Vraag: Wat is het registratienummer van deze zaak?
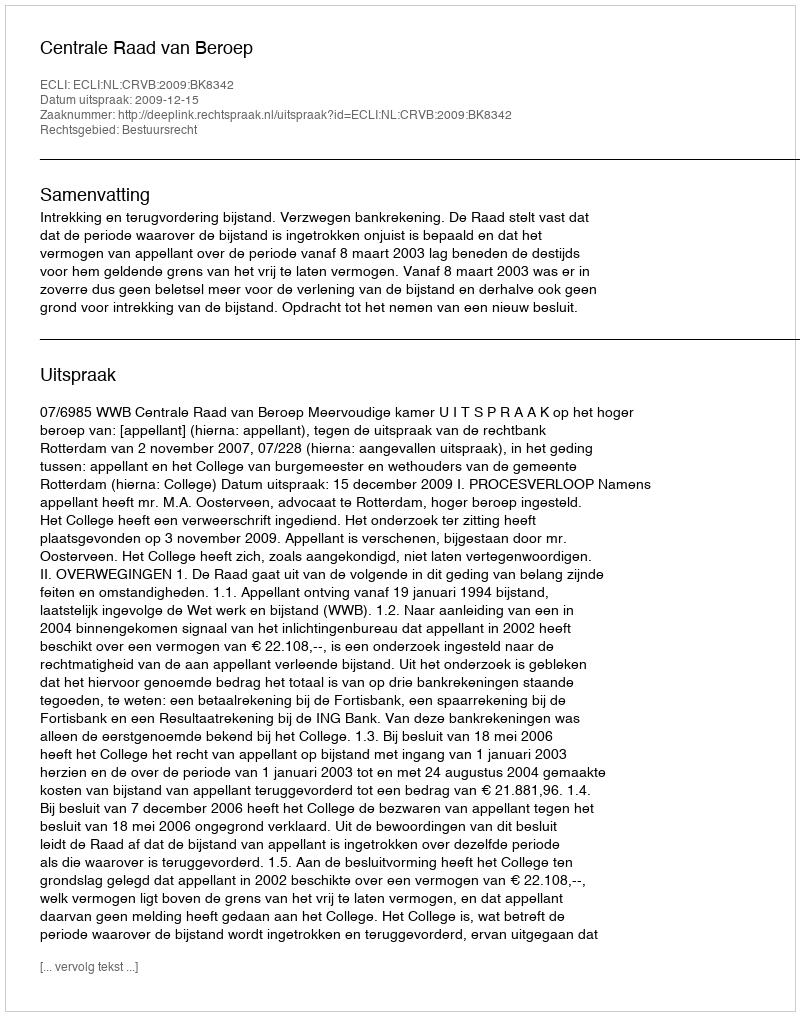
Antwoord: http://deeplink.rechtspraak.nl/uitspraak?id=ECLI:NL:CRVB:2009:BK8342